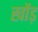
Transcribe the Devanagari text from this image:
खोंड़